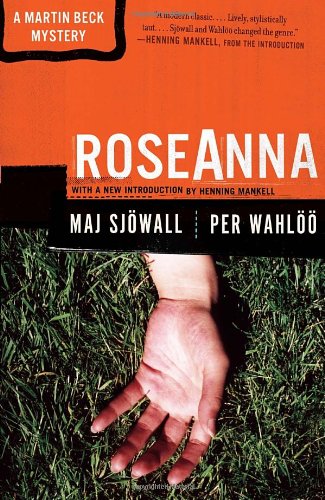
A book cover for Roseanna: A Martin Beck Police Mystery (1) (Vintage Crime/Black Lizard); Maj SjÃ¶wall; Mystery, Thriller & Suspense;